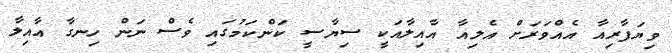
ވިޔަފާރިއާ އެއްވަރަށް އެލިއާ އާއިލާއަކީ ސިޔާސީ ކަންކަމުގައި ވެސް ނަން ހިނގާ އާއިލާ